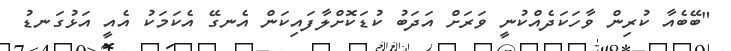
"ބޭބެއާ ކުރިން ވާހަކަދެއްކުނީ ވަރަށް އަދަބު ކުޑަކޮށްލާފައިކަން އެނގޭ އެކަމަކު އެއީ އަޅުގަނޑު